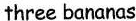
three bananas